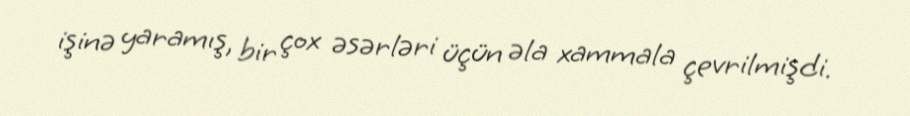
işinə yaramış, bir çox əsərləri üçün əla xammala çevrilmişdi.